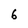
Character: 6